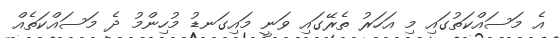
އެ މަސައްކަތުގައި މި އަހަރު ތެރޭގައި ވަނީ މައިގަނޑު މުހިންމު ދެ މަސައްކަތެއް